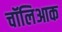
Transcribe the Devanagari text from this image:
चॉलिआक